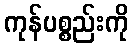
ကုန်ပစ္စည်းကို